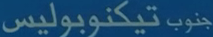
جنوب تيكنوبوليس